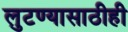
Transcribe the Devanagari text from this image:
लुटण्यासाठीही